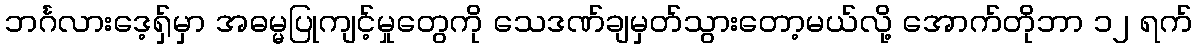
ဘင်္ဂလားဒေ့ရှ်မှာ အဓမ္မပြုကျင့်မှုတွေကို သေဒဏ်ချမှတ်သွားတော့မယ်လို့ အောက်တိုဘာ ၁၂ ရက်